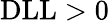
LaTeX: \mathrm{DLL>0}